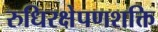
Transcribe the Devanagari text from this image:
रुधिरक्षेपणशक्ति